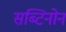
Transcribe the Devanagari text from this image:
सब्टिनोन